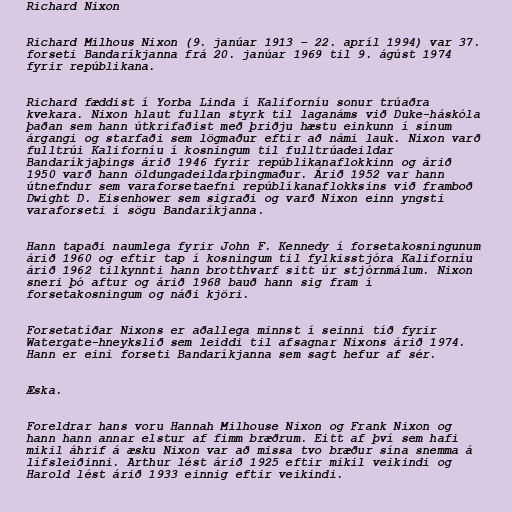
Richard Nixon

Richard Milhous Nixon (9. janúar 1913 – 22. apríl 1994) var 37.
forseti Bandaríkjanna frá 20. janúar 1969 til 9. ágúst 1974
fyrir repúblikana.

Richard fæddist í Yorba Linda í Kaliforníu sonur trúaðra
kvekara. Nixon hlaut fullan styrk til laganáms við Duke-háskóla
þaðan sem hann útkrifaðist með þriðju hæstu einkunn í sínum
árgangi og starfaði sem lögmaður eftir að námi lauk. Nixon varð
fulltrúi Kaliforníu í kosningum til fulltrúadeildar
Bandaríkjaþings árið 1946 fyrir repúblikanaflokkinn og árið
1950 varð hann öldungadeildarþingmaður. Árið 1952 var hann
útnefndur sem varaforsetaefni repúblíkanaflokksins við framboð
Dwight D. Eisenhower sem sigraði og varð Nixon einn yngsti
varaforseti í sögu Bandaríkjanna.

Hann tapaði naumlega fyrir John F. Kennedy í forsetakosningunum
árið 1960 og eftir tap í kosningum til fylkisstjóra Kaliforníu
árið 1962 tilkynnti hann brotthvarf sitt úr stjórnmálum. Nixon
sneri þó aftur og árið 1968 bauð hann sig fram í
forsetakosningum og náði kjöri.

Forsetatíðar Nixons er aðallega minnst í seinni tíð fyrir
Watergate-hneykslið sem leiddi til afsagnar Nixons árið 1974.
Hann er eini forseti Bandaríkjanna sem sagt hefur af sér.

Æska.

Foreldrar hans voru Hannah Milhouse Nixon og Frank Nixon og
hann hann annar elstur af fimm bræðrum. Eitt af því sem hafi
mikil áhrif á æsku Nixon var að missa tvo bræður sína snemma á
lífsleiðinni. Arthur lést árið 1925 eftir mikil veikindi og
Harold lést árið 1933 einnig eftir veikindi.